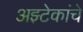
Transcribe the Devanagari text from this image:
अझ्टेकांचे